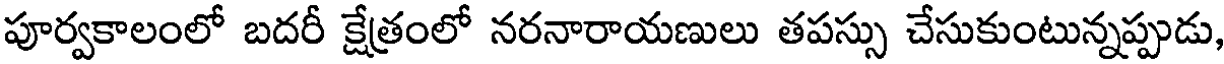
పూర్వకాలంలో బదరీ క్షేత్రంలో నరనారాయణులు తపస్సు చేసుకుంటున్నప్పుడు,